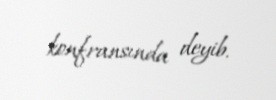
konfransında deyib.